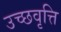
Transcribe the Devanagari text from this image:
उच्छवृत्ति